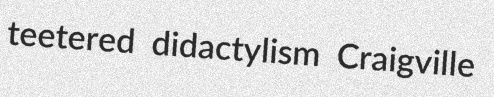
teetered didactylism Craigville